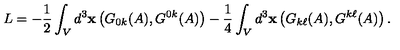
L = - \frac { 1 } { 2 } \int _ { V } d ^ { 3 } { \bf x } \left( G _ { 0 k } ( A ) , G ^ { 0 k } ( A ) \right) - \frac { 1 } { 4 } \int _ { V } d ^ { 3 } { \bf x } \left( G _ { k \ell } ( A ) , G ^ { k \ell } ( A ) \right) .